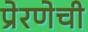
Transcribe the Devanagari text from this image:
प्रेरणेची